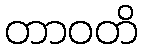
တာဝတိ